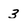
Character: 3